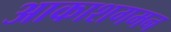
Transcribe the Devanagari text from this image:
आकाशगमन